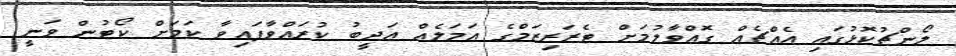
ލޯންޗުކޮޅުގައި އެއްޗެއް ގޮއްވާލުމަށް ޓެރަރިޒަމްގެ އަމަލެއް އަދީބު ކުރައްވާފައިވާ ކަމަށް ކޯޓުން ވަނީ